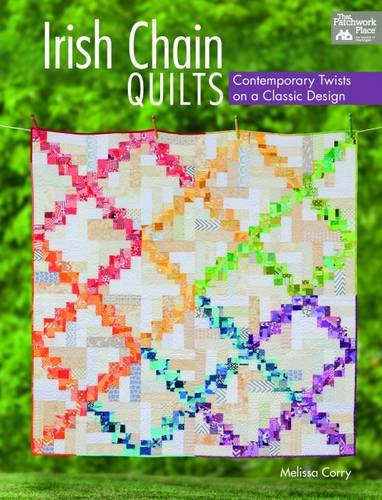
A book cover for Irish Chain Quilts: Contemporary Twists on a Classic Design; Melissa Corry; Crafts, Hobbies & Home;